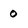
Character: 0